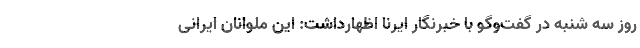
روز سه شنبه در گفت‌وگو با خبرنگار ایرنا اظهارداشت: این ملوانان ایرانی